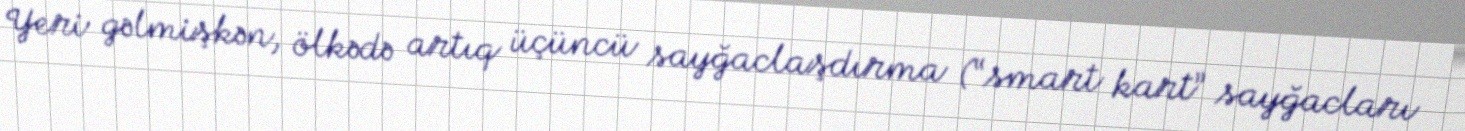
Yeri gəlmişkən, ölkədə artıq üçüncü sayğaclaşdırma (“smart kart” sayğacları